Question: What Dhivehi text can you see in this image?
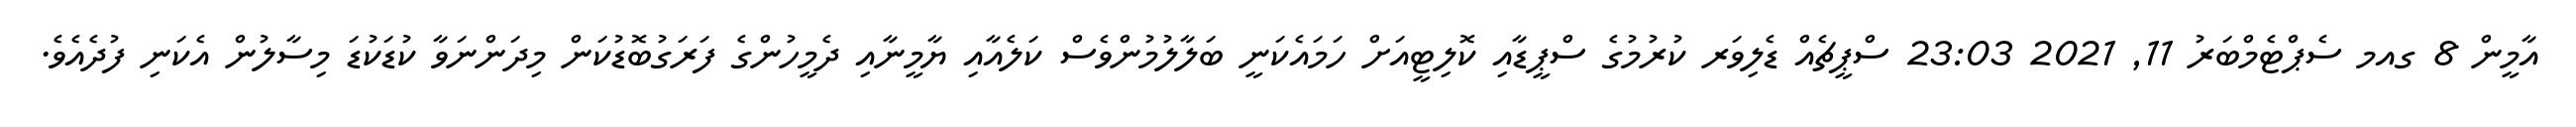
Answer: އާމީން 8 ގއމ ސެޕްޓެމްބަރު 11, 2021 23:03 ސްޕީޗެއް ޑެލިވަރ ކުރުމުގެ ސްޕީޑާއި ކޮލިޓީއަށް ހަމައެކަނީ ބަލާލުމުންވެސް ކަލެއާއި ޔާމީނާއި ދެމީހުންގެ ފަރަގުބޮޑުކަން މިދަންނަވާ ކުޑަކުޑަ މިސާލުން އެކަނި ފުދެއެވެ.